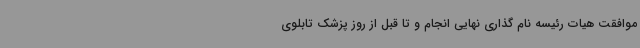
موافقت هیات رئیسه نام گذاری نهایی انجام و تا قبل از روز پزشک تابلوی